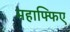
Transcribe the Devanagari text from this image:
महाफ्फिए